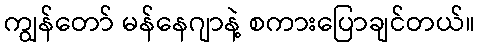
ကျွန်တော် မန်နေဂျာနဲ့ စကားပြောချင်တယ်။